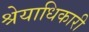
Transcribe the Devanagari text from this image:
श्रेयाधिकारी